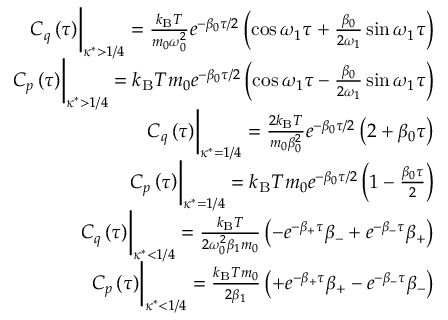
\begin{array} { r } { C _ { q } \left( \tau \right) \biggr \rvert _ { \kappa ^ { * } > 1 / 4 } = \frac { k _ { \mathrm { B } } T } { m _ { 0 } \omega _ { 0 } ^ { 2 } } e ^ { - \beta _ { 0 } \tau / 2 } \left( \cos \omega _ { 1 } \tau + \frac { \beta _ { 0 } } { 2 \omega _ { 1 } } \sin \omega _ { 1 } \tau \right) } \\ { C _ { p } \left( \tau \right) \biggr \rvert _ { \kappa ^ { * } > 1 / 4 } = k _ { \mathrm { B } } T m _ { 0 } e ^ { - \beta _ { 0 } \tau / 2 } \left( \cos \omega _ { 1 } \tau - \frac { \beta _ { 0 } } { 2 \omega _ { 1 } } \sin \omega _ { 1 } \tau \right) } \\ { C _ { q } \left( \tau \right) \biggr \rvert _ { \kappa ^ { * } = 1 / 4 } = \frac { 2 k _ { \mathrm { B } } T } { m _ { 0 } \beta _ { 0 } ^ { 2 } } e ^ { - \beta _ { 0 } \tau / 2 } \left( 2 + \beta _ { 0 } \tau \right) } \\ { C _ { p } \left( \tau \right) \biggr \rvert _ { \kappa ^ { * } = 1 / 4 } = k _ { \mathrm { B } } T m _ { 0 } e ^ { - \beta _ { 0 } \tau / 2 } \left( 1 - \frac { \beta _ { 0 } \tau } { 2 } \right) } \\ { C _ { q } \left( \tau \right) \biggr \rvert _ { \kappa ^ { * } < 1 / 4 } = \frac { k _ { \mathrm { B } } T } { 2 \omega _ { 0 } ^ { 2 } \beta _ { 1 } m _ { 0 } } \left( - e ^ { - \beta _ { + } \tau } \beta _ { - } + e ^ { - \beta _ { - } \tau } \beta _ { + } \right) } \\ { C _ { p } \left( \tau \right) \biggr \rvert _ { \kappa ^ { * } < 1 / 4 } = \frac { k _ { \mathrm { B } } T m _ { 0 } } { 2 \beta _ { 1 } } \left( + e ^ { - \beta _ { + } \tau } \beta _ { + } - e ^ { - \beta _ { - } \tau } \beta _ { - } \right) } \end{array}